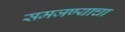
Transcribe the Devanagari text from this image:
समजण्याचा